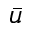
\bar { u }